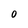
Character: 0